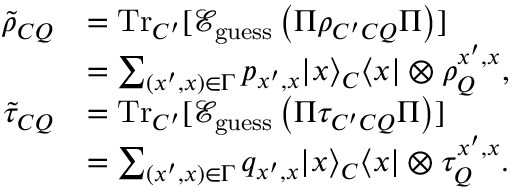
\begin{array} { r l } { \tilde { \rho } _ { C Q } } & { = \mathrm { T r } _ { C ^ { \prime } } [ \mathcal { E } _ { \mathrm { g u e s s } } \left( \Pi \rho _ { C ^ { \prime } C Q } \Pi \right) ] } \\ & { = \sum _ { ( x ^ { \prime } , x ) \in \Gamma } p _ { x ^ { \prime } , x } | x \rangle _ { C } \langle x | \otimes \rho _ { Q } ^ { x ^ { \prime } , x } , } \\ { \tilde { \tau } _ { C Q } } & { = \mathrm { T r } _ { C ^ { \prime } } [ \mathcal { E } _ { \mathrm { g u e s s } } \left( \Pi \tau _ { C ^ { \prime } C Q } \Pi \right) ] } \\ & { = \sum _ { ( x ^ { \prime } , x ) \in \Gamma } q _ { x ^ { \prime } , x } | x \rangle _ { C } \langle x | \otimes \tau _ { Q } ^ { x ^ { \prime } , x } . } \end{array}